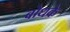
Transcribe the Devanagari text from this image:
बोधके